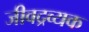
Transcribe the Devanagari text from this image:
जीवद्रव्यक